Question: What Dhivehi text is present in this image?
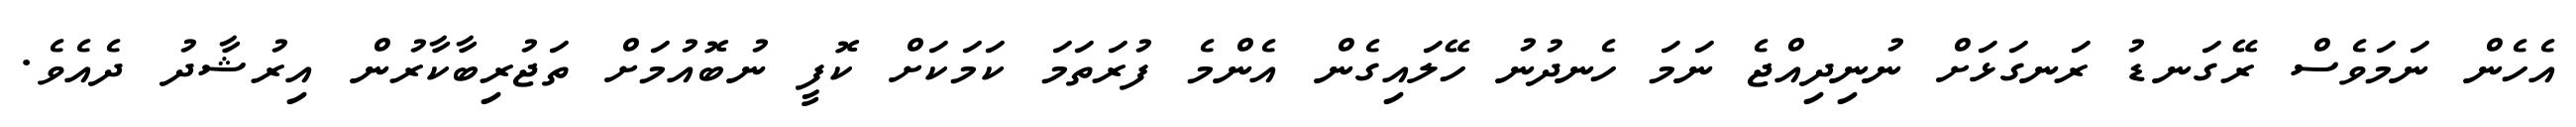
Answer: އެހެން ނަމަވެސް ރޭގަނޑު ރަނގަޅަށް ނުނިދިއްޖެ ނަމަ ހެނދުނު ހޭލައިގެން އެންމެ ފުރަތަމަ ކަމަކަށް ކޮފީ ނުބޮއުމަށް ތަޖުރިބާކާރުން އިރުޝާދު ދެއެވެ.